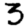
Digit: 3